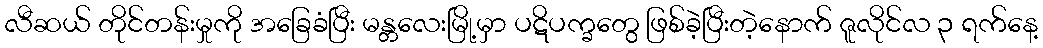
လီဆယ် တိုင်တန်းမှုကို အခြေခံပြီး မန္တလေးမြို့မှာ ပဋိပက္ခတွေ ဖြစ်ခဲ့ပြီးတဲ့နောက် ဇူလိုင်လ ၃ ရက်နေ့